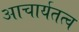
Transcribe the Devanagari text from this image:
आचार्यतत्व